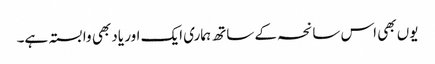
یوں بھی اس سانحہ کے ساتھ ہماری ایک اور یاد بھی وابستہ ہے۔